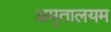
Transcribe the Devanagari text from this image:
अमृतालयम